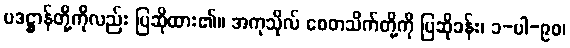
ပဒဋ္ဌာန်တို့ကိုလည်း ပြဆိုထား၏။ အကုသိုလ် စေတသိက်တို့ကို ပြဆိုခန်း၊ ၁-ပါ-၉၀၊